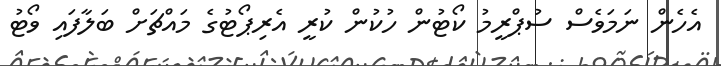
އެހެން ނަމަވެސް ސުޕްރީމު ކޯޓުން ހުކުން ކުރީ އެރިޕޯޓުގެ މައްޗަށް ބަލާފައި ވޯޓު